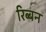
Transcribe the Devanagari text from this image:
रिब्बन